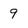
Character: 9